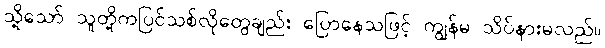
သို့သော် သူတို့ကပြင်သစ်လိုတွေချည်း ပြောနေသဖြင့် ကျွန်မ သိပ်နားမလည်။